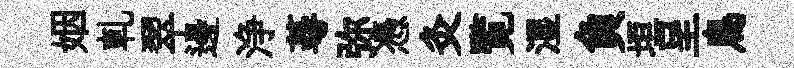
姻軋翠邊浄蕚弥憑灸覧湿負垣呈鳥